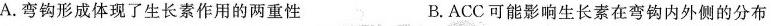
A.弯钩形成体现了生长素作用的两重性 B.ACC可能影响生长素在弯钩内外侧的分布